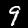
Digit: 9